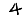
Digit: 4